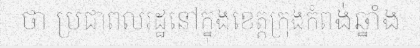
ថា ប្រជាពលរដ្ឋនៅក្នុងខេត្តក្រុងកំពង់ឆ្នាំង